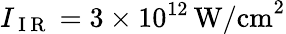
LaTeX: I_{\mathrm{~I~R~}}=3\times 10^{12}\, \mathrm{{W/cm}^{2}}